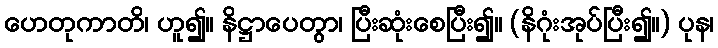
ဟေတုကာတိ၊ ဟူ၍။ နိဋ္ဌာပေတွာ၊ ပြီးဆုံးစေပြီး၍။ (နိဂုံးအုပ်ပြီး၍။) ပုန၊